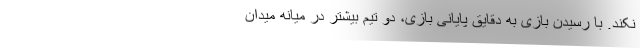
نکند. با رسیدن بازی به دقایق پایانی بازی، دو تیم بیشتر در میانه میدان